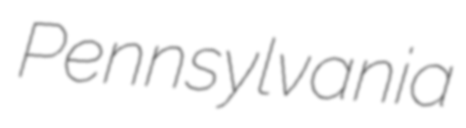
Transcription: Pennsylvania